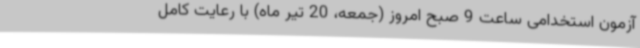
آزمون استخدامی ساعت 9 صبح امروز (جمعه، 20 تیر ماه) با رعایت کامل